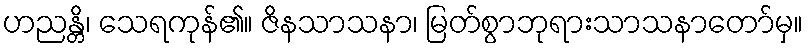
ဟညန္တိ၊ သေရကုန်၏။ ဇိနသာသနာ၊ မြတ်စွာဘုရားသာသနာတော်မှ။